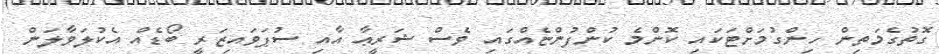
ގޮތުގެމަތިން ހިންގުމަށްޓަކައި ކޮންމެ ކުންފުންޏެއްގައި ވެސް ޝަރީޢާ އާއި ސުޕަވައިޒަރީ ބޯޑެއް އެކުލަވާލަން